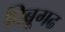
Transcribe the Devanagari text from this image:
दिब्रूगढ